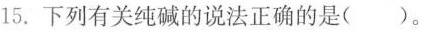
15.下列有关纯碱的说法正确的是（）。